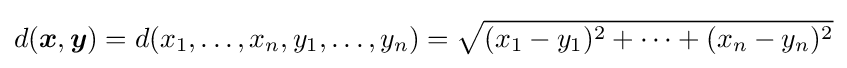
d({\boldsymbol {x}},{\boldsymbol {y}})=d(x_{1},\ldots ,x_{n},y_{1},\ldots ,y_{n})={\sqrt {(x_{1}-y_{1})^{2}+\cdots +(x_{n}-y_{n})^{2}}}